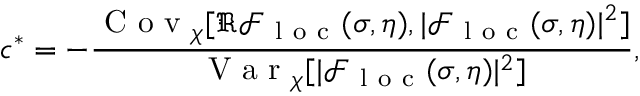
c ^ { * } = - \frac { \mathrm { ~ C ~ o ~ v ~ } _ { \chi } [ \Re \mathcal { F } _ { \mathrm { ~ l ~ o ~ c ~ } } ( \sigma , \eta ) , | \mathcal { F } _ { \mathrm { ~ l ~ o ~ c ~ } } ( \sigma , \eta ) | ^ { 2 } ] } { \mathrm { ~ V ~ a ~ r ~ } _ { \chi } [ | \mathcal { F } _ { \mathrm { ~ l ~ o ~ c ~ } } ( \sigma , \eta ) | ^ { 2 } ] } ,